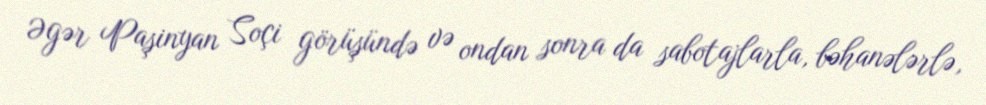
Əgər Paşinyan Soçi görüşündə və ondan sonra da sabotajlarla, bəhanələrlə,